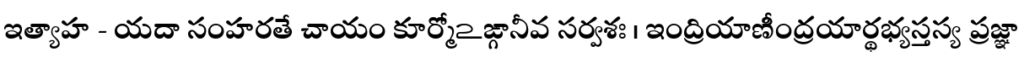
ఇత్యాహ - యదా సంహరతే చాయం కూర్మోఽఙ్గానీవ సర్వశః । ఇంద్రియాణీంద్రయార్థభ్యస్తస్య ప్రజ్ఞా